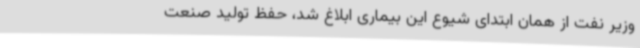
وزیر نفت از همان ابتدای شیوع این بیماری ابلاغ شد، حفظ تولید صنعت